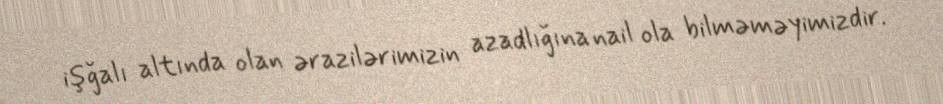
işğalı altında olan ərazilərimizin azadlığına nail ola bilməməyimizdir.